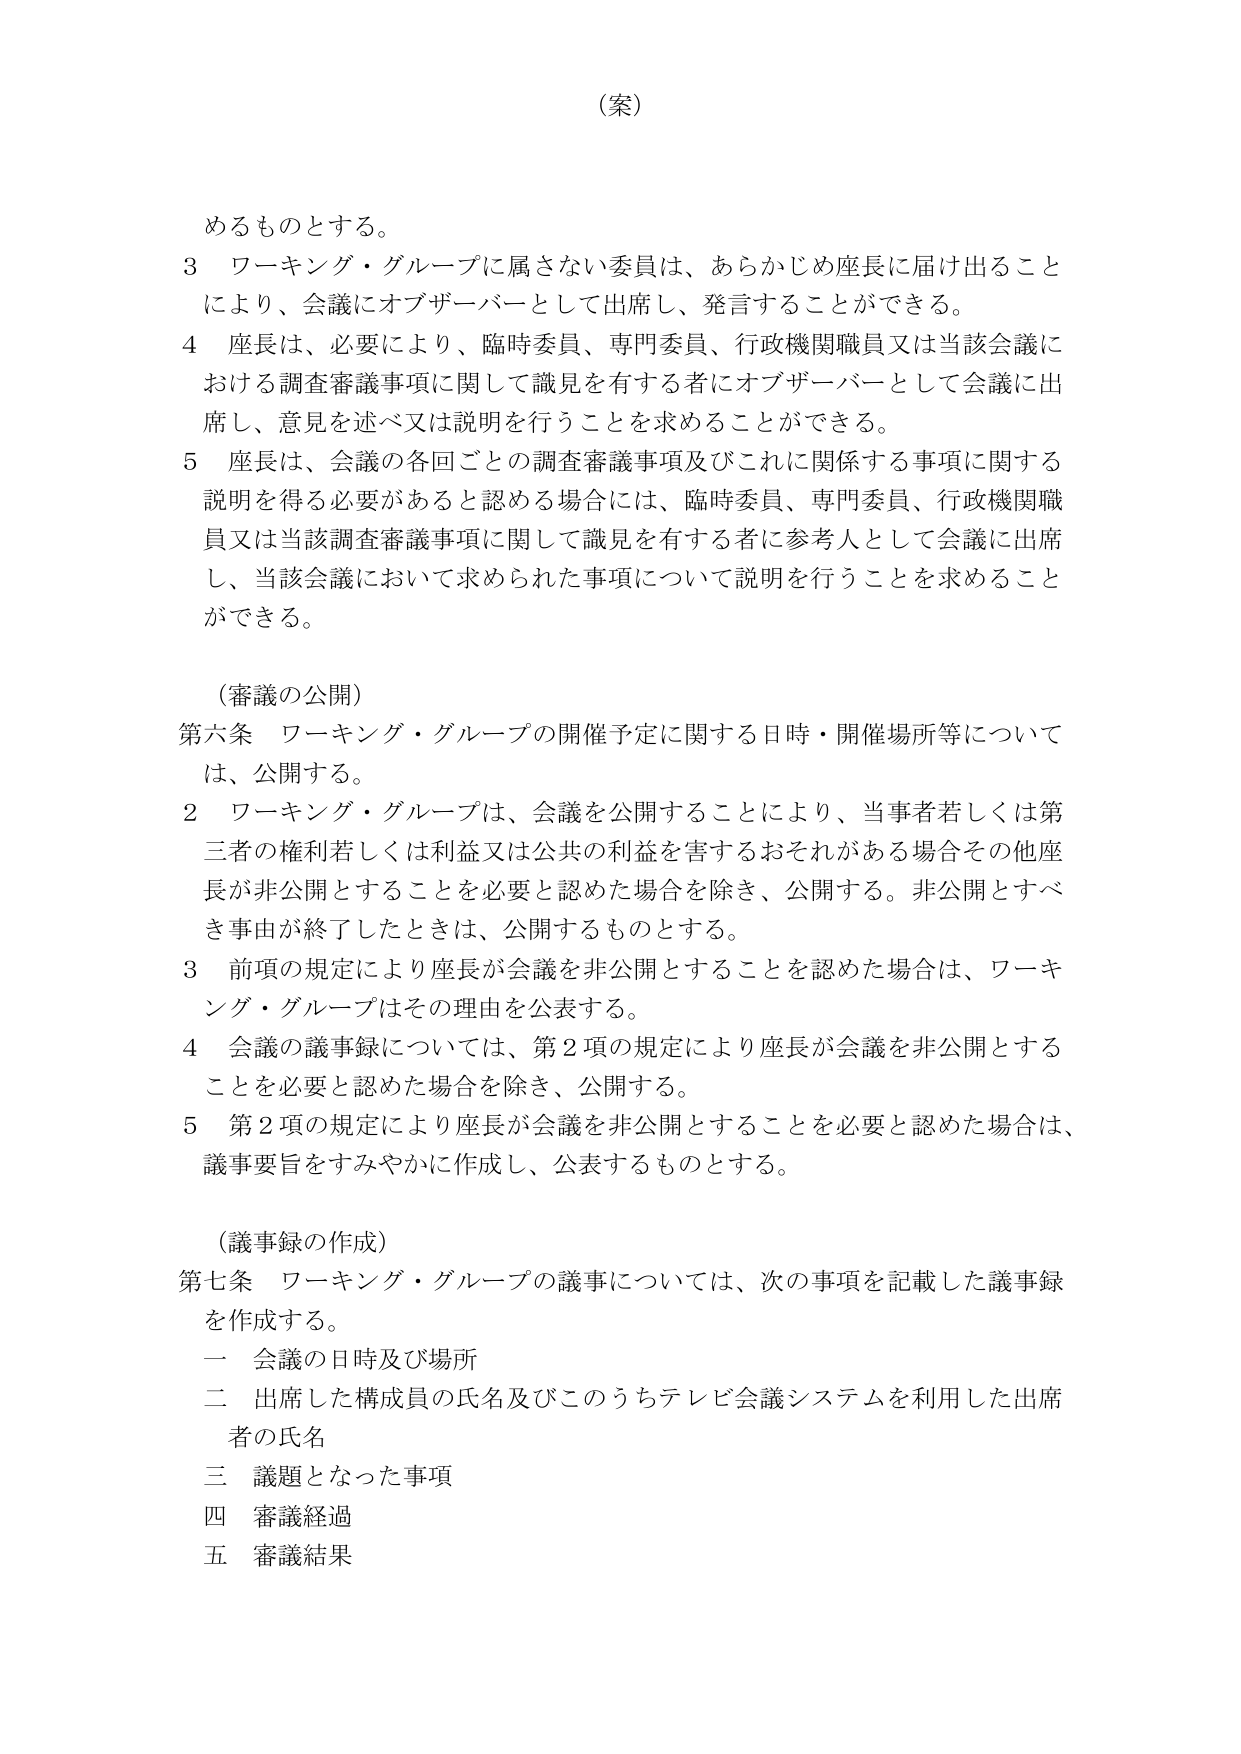
（案）

めるものとする。
３ ワーキング・グループに属さない委員は、あらかじめ座長に届け出ること
により、会議にオブザーバーとして出席し、発言することができる。
４ 座長は、必要により、臨時委員、専門委員、行政機関職員又は当該会議に
おける調査審議事項に関して識見を有する者にオブザーバーとして会議に出
席し、意見を述べ又は説明を行うことを求めることができる。
５ 座長は、会議の各回ごとの調査審議事項及びこれに関係する事項に関する
説明を得る必要があると認める場合には、臨時委員、専門委員、行政機関職
員又は当該調査審議事項に関して識見を有する者に参考人として会議に出席
し、当該会議において求められた事項について説明を行うことを求めること
ができる。

（審議の公開）
第六条 ワーキング・グループの開催予定に関する日時・開催場所等について
は、公開する。
２ ワーキング・グループは、会議を公開することにより、当事者若しくは第
三者の権利若しくは利益又は公共の利益を害するおそれがある場合その他座
長が非公開とすることを必要と認めた場合を除き、公開する。非公開とすべ
き事由が終了したときは、公開するものとする。
３ 前項の規定により座長が会議を非公開とすることを認めた場合は、ワーキ
ング・グループはその理由を公表する。
４ 会議の議事録については、第２項の規定により座長が会議を非公開とする
ことを必要と認めた場合を除き、公開する。
５ 第２項の規定により座長が会議を非公開とすることを必要と認めた場合は、
議事要旨をすみやかに作成し、公表するものとする。

（議事録の作成）
第七条 ワーキング・グループの議事については、次の事項を記載した議事録
を作成する。
一 会議の日時及び場所
二 出席した構成員の氏名及びこのうちテレビ会議システムを利用した出席
者の氏名
三 議題となった事項
四 審議経過
五 審議結果